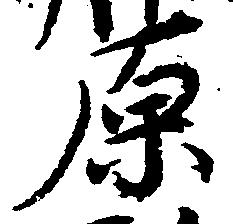
原